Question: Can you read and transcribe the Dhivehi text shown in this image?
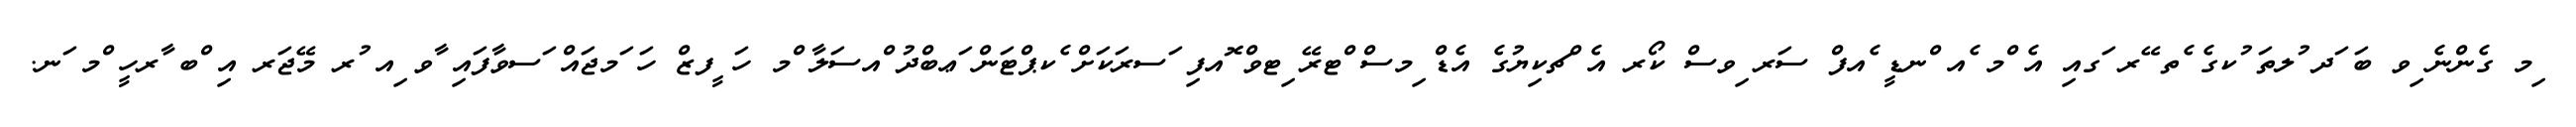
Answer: ިމ ގެންނެ ިވ ބަ ަދ ުލތަ ުކގެ ެތ ޭރ ަގއި އެ ްމ ެއ ްނޑީ ެއފް ސަރ ިވސް ކޯރ އެ ްޗކިޔުގެ އެޑް ިމސް ްޓރޭ ިޓވް ޮއފި ަސރަކަށް ެކޕްޓަން ަޢބްދު ްއސަލާ ްމ ހަ ީފޒް ހަ ަމޖައް ަސވާފައި ާވ ިއ ުރ މޭޖަރ އި ްބ ާރހީ ްމ ަނ.